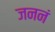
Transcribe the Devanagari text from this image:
जननं